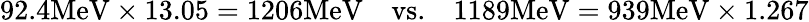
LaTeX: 92.4\mathrm{MeV}\times 13.05=1206\mathrm{MeV}\quad\mathrm{vs.}\quad 1189\mathrm{MeV}=939\mathrm{MeV}\times 1.267